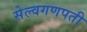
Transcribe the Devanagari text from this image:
सेल्वगणपती